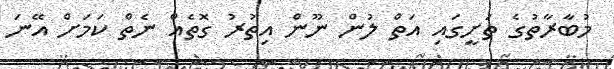
މުބާރާތުގެ ތަށީގައި އަތް ލުން ނޫން އިތުރު ގޮތެއް ނެތް ކަމަށް އޭނަ